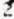
2